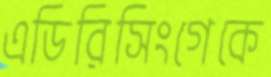
এডিরিসিংগেকে